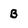
Character: B